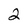
Character: 2